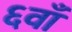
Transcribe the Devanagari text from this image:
६वाँ